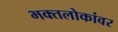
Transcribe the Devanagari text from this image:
भक्तलोकांवर